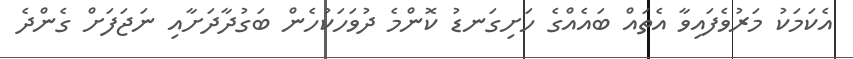
އެކަމަކު މަރުވެފައިވާ އެތައް ބައެއްގެ ހަށިގަނޑު ކޮންމެ ދުވަހަކުހެން ބަގުދާދަށާއި ނަޖަފަށް ގެންދެ